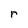
Character: r